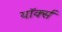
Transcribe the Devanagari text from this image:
यॉर्क्स